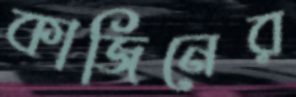
কাজিনের